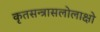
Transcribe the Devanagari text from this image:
कृतसन्त्रासलोलाक्षो